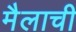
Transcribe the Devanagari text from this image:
मैलाची